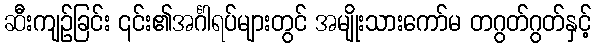
ဆီးကျဉ်ခြင်း ၎င်း၏အင်္ဂါရပ်များတွင် အမျိုးသားကော်မ တဂွတ်ဂွတ်နှင့်